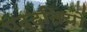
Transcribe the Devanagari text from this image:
पद्दतियों